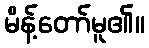
မိန့်တော်မူ၏။